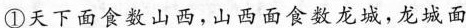
①天下面食数山西，山西面食数龙城，龙城面